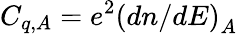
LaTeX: C_{q,A}=e^{2}\left(dn/dE\right)_{A}